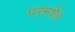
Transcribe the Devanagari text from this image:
परमशैव